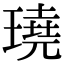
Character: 𤩊